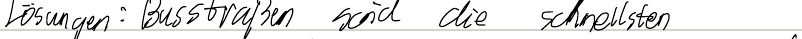
Lösungen: Busstraßen sind die schnellsten